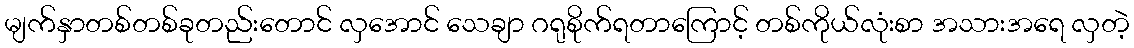
မျက်နှာတစ်တစ်ခုတည်းတောင် လှအောင် သေချာ ဂရုစိုက်ရတာကြောင့် တစ်ကိုယ်လုံးစာ အသားအရေ လှတဲ့